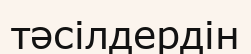
тәсілдердін